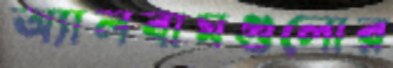
অ্যালবামগুলোর